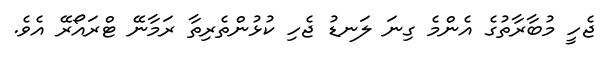
ޖެހީ މުބާރާތުގެ އެންމެ ގިނަ ލަނޑު ޖެހި ކުޅުންތެރިތާ ރަމާނޭ ޓްރައޯރޭ އެވެ.